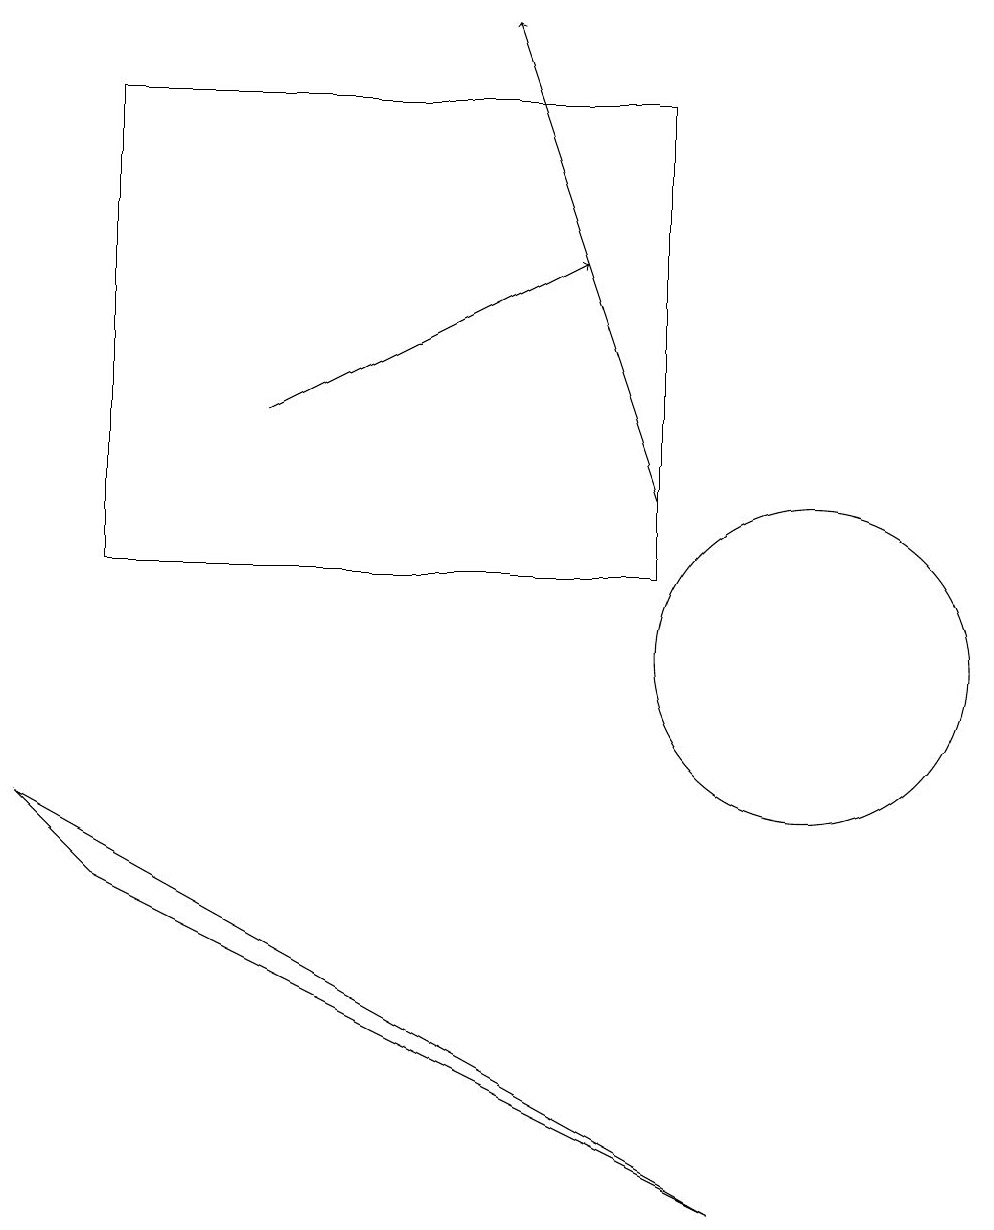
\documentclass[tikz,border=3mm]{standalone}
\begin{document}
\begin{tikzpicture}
\draw[->] (3,13) -- (7,15);
\draw (8,11) rectangle (1,17);
\draw (1,7) -- (9,3) -- (0,8) -- cycle;
\draw (10,10) circle (2);
\draw[->] (8,12) -- (6,18);
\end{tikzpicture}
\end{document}